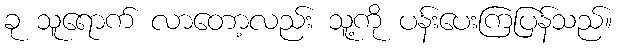
ခု သူရောက် လာတော့လည်း သူ့ကို ပန်းပေးကြပြန်သည်။